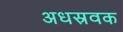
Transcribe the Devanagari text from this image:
अधस्रवक